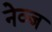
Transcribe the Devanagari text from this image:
नेव्ज